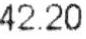
42.20